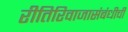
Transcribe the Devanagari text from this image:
रीतिरिवाजासंबंधीची